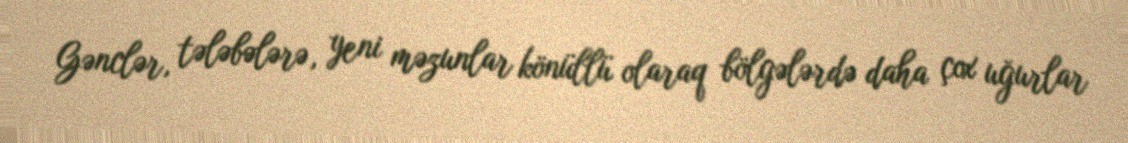
Gənclər, tələbələrə, yeni məzunlar könüllü olaraq bölgələrdə daha çox uğurlar